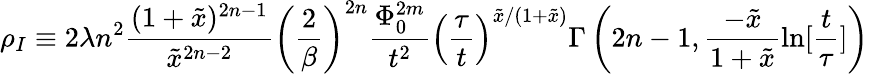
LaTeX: \rho_{I}\equiv 2\lambda n^{2}\frac{(1+\tilde{x})^{2n-1}}{\tilde{x}^{2n-2}}\left(\frac{2}{\beta}\right)^{2n}\frac{\Phi_{0}^{2m}}{t^{2}}\left(\frac{\tau}{t}\right)^{\tilde{x}/(1+\tilde{x})}\Gamma\left(2n-1,\frac{-\tilde{x}}{1+\tilde{x}}\ln[\frac{t}{\tau}]\right)